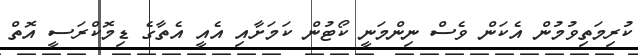
ކުރިމަތިވުމުން އެކަން ވެސް ނިންމަނީ ކޯޓުން ކަމަށާއި އެއީ އެތާގެ ޑިމޮކްރަސީ އޮތް